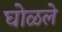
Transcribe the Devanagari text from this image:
घोळले